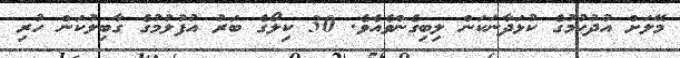
މޭލަށް އުދުހުމުގެ ކުޅަދާނަކަން ލިބިގެންވެއެވެ. 30 ކިލޯގެ ބަރު އުފުލުމުގެ ގާބިލުކަން ހުރި